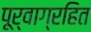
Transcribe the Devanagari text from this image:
पूर्वाग्रहित